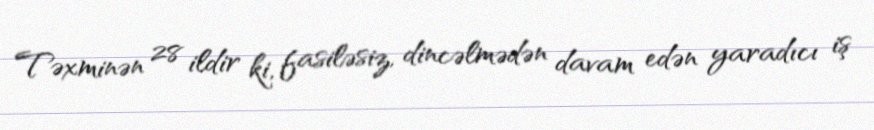
Təxminən 28 ildir ki, fasiləsiz, dincəlmədən davam edən yaradıcı iş